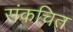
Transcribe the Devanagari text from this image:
संकचित